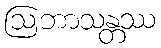
ဩဘာသန္တဿ